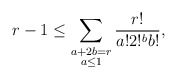
\begin{align*} r-1 \leq \sum_{\substack{a + 2b = r \\ a \leq 1}} \frac{r!}{a! 2!^b b!}, \end{align*}